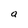
Character: a